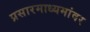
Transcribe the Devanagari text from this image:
प्रसारमाध्यमांवर